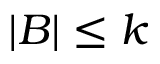
| B | \leq k